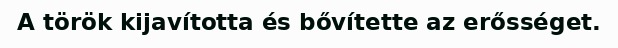
A török kijavította és bővítette az erősséget.